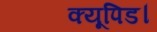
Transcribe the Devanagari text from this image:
क्यूपिड।